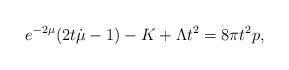
LaTeX: \begin{align*} e^{-2\mu} (2t\dot{\mu}-1)- K + \Lambda t^{2} = 8 \pi t^{2}p,\end{align*}